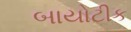
બાયોટીક